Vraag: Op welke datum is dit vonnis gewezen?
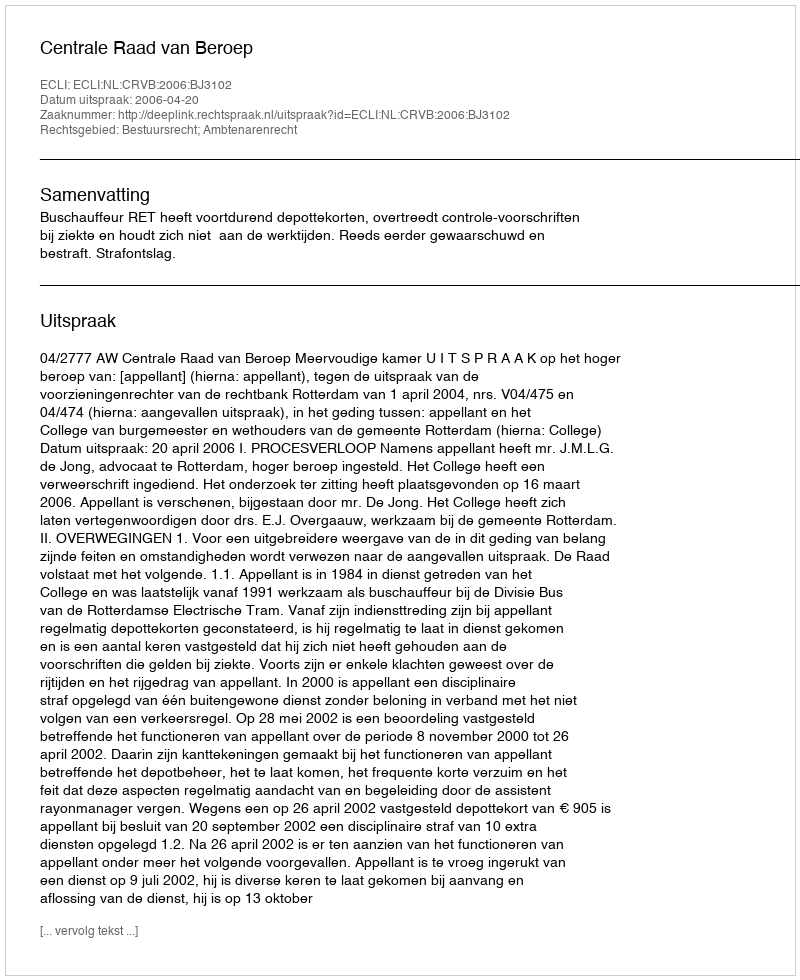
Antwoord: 2006-04-20